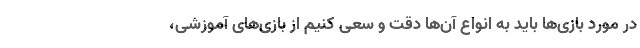
در مورد بازی‌ها باید به انواع آن‌ها دقت و سعی کنیم از بازی‌های آموزشی،